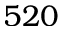
5 2 0